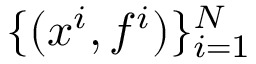
\{ ( x ^ { i } , f ^ { i } ) \} _ { i = 1 } ^ { N }